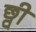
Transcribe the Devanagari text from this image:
छ्वी